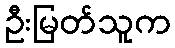
ဦးမြတ်သူက